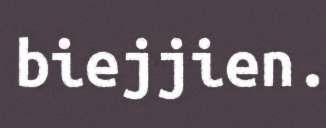
biejjien.